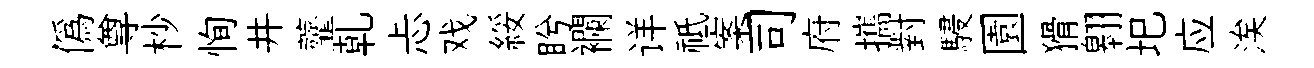
僞尊杪恂井虀乹忐戏綏盻襴详祗案司府攜對駸園猾翱圯应涘